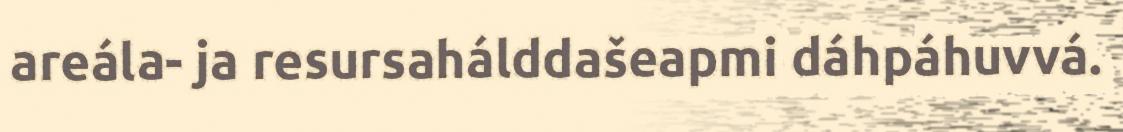
areála- ja resursahálddašeapmi dáhpáhuvvá.